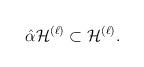
LaTeX: \begin{align*}\hat \alpha {\cal H}^{(\ell )}\subset {\cal H}^{(\ell )}.\end{align*}